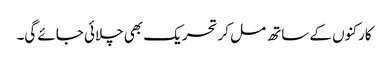
کارکنوں کے ساتھ مل کر تحریک بھی چلائی جائے گی۔